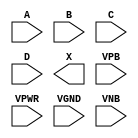
module sky130_fd_sc_hdll__and4 (
    //# {{data|Data Signals}}
    input  A   ,
    input  B   ,
    input  C   ,
    input  D   ,
    output X   ,

    //# {{power|Power}}
    input  VPB ,
    input  VPWR,
    input  VGND,
    input  VNB
);
endmodule